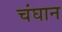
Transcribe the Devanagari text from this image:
चंघान